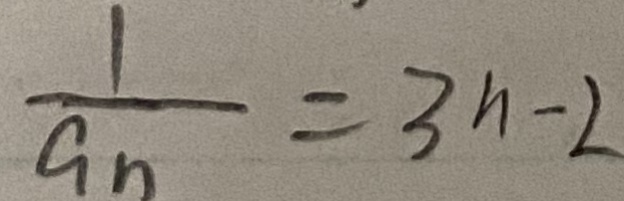
\frac { 1 } { a _ { n } } = 3 n - 2